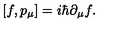
\left[ f , p _ { \mu } \right] = i \hbar \partial _ { \mu } f .